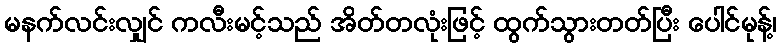
မနက်လင်းလျှင် ကလီးမင့်သည် အိတ်တလုံးဖြင့် ထွက်သွားတတ်ပြီး ပေါင်မုန့်၊